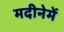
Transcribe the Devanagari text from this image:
मदीनेमें